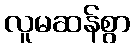
လူမဆန်စွာ